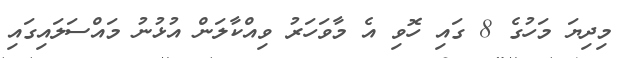
މިދިޔަ މަހުގެ 8 ގައި ހޮވި އެ މާވަހަރު ވިއްކާލަން އުޅުނު މައްސަލައިގައި